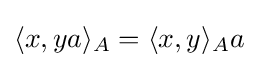
\langle x,ya\rangle _{A}=\langle x,y\rangle _{A}a